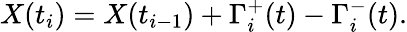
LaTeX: X(t_{i})=X(t_{i-1})+\Gamma_{i}^{+}(t)-\Gamma_{i}^{-}(t).